Report on the bubonic plague in Bombay, 1896-1897
Year: 1896
Disease focus: Plague
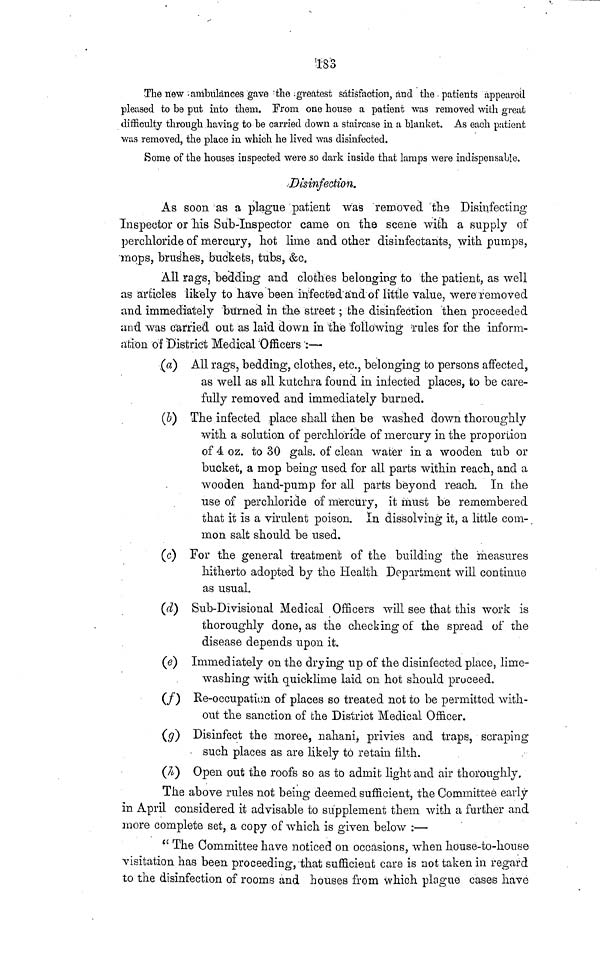
183
The new ambulances gave the greatest satisfaction, and the - patients appeal-oil
pleased to be put into them. From one house a patient was removed with great
difficulty through having to he carried down a staircase in a blanket. As each patient
was removed, the place in which he lived was disinfected.
Some of the houses inspected were so dark inside that lamps were indispensable.
Disinfection.
As soon as a plague patient was removed the Disinfecting
Inspector or his Sub-Inspector came on the scene with a supply of
perchloride of mercury, hot lime and other disinfectants, with pumps,
mops, brushes, buckets, tubs, &c.
All rags, bedding and clothes belonging to the patient, as well
as articles likely to have been infected and of little value, were removed
and immediately burned in the street ; the disinfection then proceeded
and was carried out as laid down in the following rules for the Inform-
ation of District Medical Officers :—
(a) All rags, bedding, clothes, etc., belonging to persons affected,
as well as all kutchra found in infected places, to be care-
fully removed and immediately burned.
(b) The infected place shall then be washed down thoroughly
with a solution of perchloride of mercury in the proportion
of 4 oz. to 30 gals. of clean water in a wooden tub or
bucket, a mop being used for all parts within reach, and a
wooden hand-pump for all parts beyond reach. In the
use of perchloride of mercury, it must be remembered
that it is a virulent poison. In dissolving it, a little com-
mon salt should be used.
(c) For the general treatment of the building the measures
hitherto adopted by the Health Department will continue
as usual.
(d) Sub-Divisional Medical Officers will see that this work is
thoroughly done, as the checking of the spread of the
disease depends upon it.
(e) Immediately on the drying up of the disinfected place, lime-
washing with quicklime laid on hot should proceed.
(f) Re-occupation of places so treated not to be permitted with-
out the sanction of the District Medical Officer.
(g) Disinfect the moree, nahani, privies and traps, scraping
such places as are likely to retain filth.
(h) Open out the roofs so as to admit light and air thoroughly.
The above rules not being deemed sufficient, the Committee early
in April considered it advisable to supplement them with a further and
more complete set, a copy of which is given below :—
" The Committee have noticed on occasions, when house-to-house
visitation has been proceeding, that sufficient care is not taken in regard
to the disinfection of rooms and bouses from which plague cases have